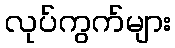
လုပ်ကွက်များ